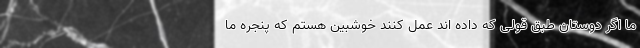
ما اگر دوستان طبق قولی که داده اند عمل کنند خوشبین هستم که پنجره ما